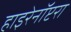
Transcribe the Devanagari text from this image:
हाइरेनॉप्टरा